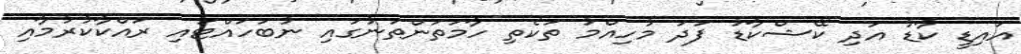
އައިޑީ ކާޑު އަދި ކޭޝްކާޑު ފަދަ މުހިއްމު ތަކެތި ހާމަތަންތަނުގައި ނުބަހައްޓައި ރައްކާކުރުމާއި